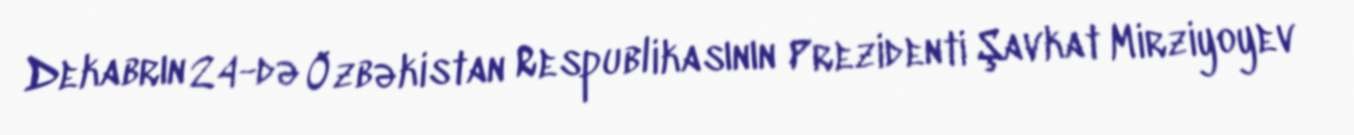
Dekabrın 24-də Özbəkistan Respublikasının Prezidenti Şavkat Mirziyoyev